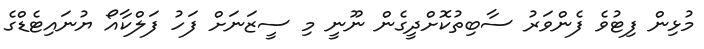
މުޅިން ފިޓުވެ ފެންވަރު ސާބިތުކޮށްދީގެން ނޫނީ މި ސީޒަނަށް ފަހު ފަލްކާއޯ ޔުނައިޓެޑްގެ